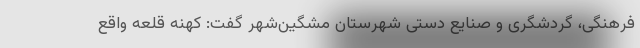
فرهنگی، گردشگری و صنایع‌ دستی شهرستان مشگین‌شهر گفت: کهنه قلعه واقع